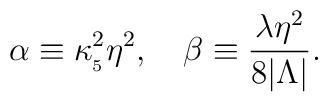
\alpha \equiv \kappa_{_5}^2 \eta^2,\ \ \ \beta \equiv \frac{\lambda \eta^2}{8 |\Lambda|}.